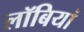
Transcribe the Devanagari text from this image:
लॉबियां